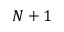
N + 1